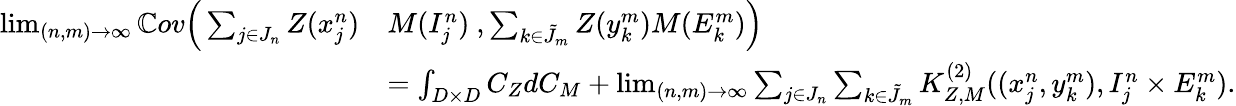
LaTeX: \begin{array}{rl}{\operatorname*{lim}_{(n,m)\to\infty}\mathbb{C}ov\Big(\sum_{j\in J_{n}}Z(x_{j}^{n})}&{M(I_{j}^{n})\ ,\sum_{k\in\tilde{J}_{m}}Z(y_{k}^{m})M(E_{k}^{m})\Big)}\\ &{=\int_{D\times D}C_{Z}dC_{M}+\operatorname*{lim}_{(n,m)\to\infty}\sum_{j\in J_{n}}\sum_{k\in\tilde{J}_{m}}K_{Z,M}^{(2)}((x_{j}^{n},y_{k}^{m}),I_{j}^{n}\times E_{k}^{m}).}\end{array}